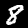
Digit: 8